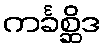
ကင်္ခစ္ဆိဒ